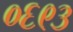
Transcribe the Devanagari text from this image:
०६९३